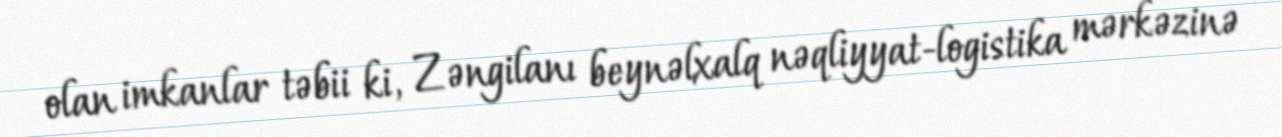
olan imkanlar təbii ki, Zəngilanı beynəlxalq nəqliyyat-logistika mərkəzinə